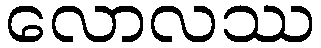
လောလဿ